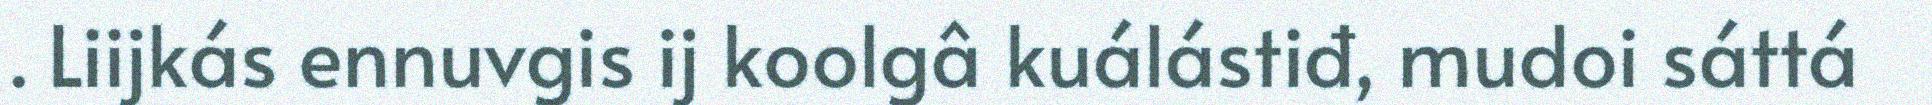
. Liijkás ennuvgis ij koolgâ kuálástiđ, mudoi sáttá